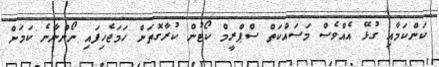
ކަންކަމާއި ގުޅޭ އެއްވެސް މަސައްކަތް ސްޕްރީމް ކޯޓުން ކުރާގޮތަށް ހަމަޖެހިފައި ނޯންނާނެ ކަމަށް